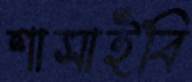
শাসাইবি